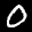
Label: 0